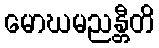
မောဃမညန္တီတိ